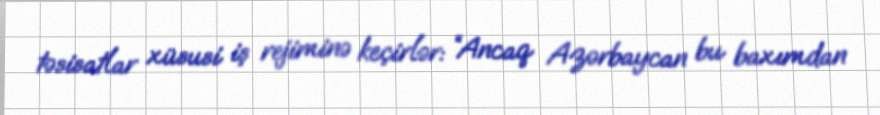
təsisatlar xüsusi iş rejiminə keçirlər: “Ancaq Azərbaycan bu baxımdan